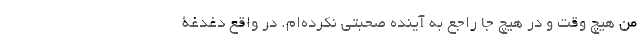
من هیچ وقت و در هیچ جا راجع به آینده صحبتی نکرده‌ام. در واقع دغدغۀ